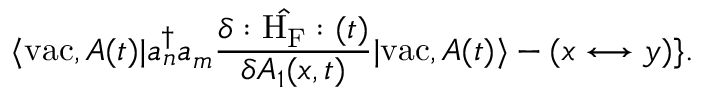
\langle \mathrm { v a c } , A ( t ) | a _ { n } ^ { \dagger } a _ { m } \frac { \delta : \hat { \mathrm { H } _ { \mathrm { F } } } : ( t ) } { \delta A _ { 1 } ( x , t ) } | \mathrm { v a c } , A ( t ) \rangle - ( x \longleftrightarrow y ) \} .